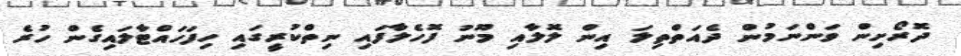
ދޮރޯށިން ވަންނަމުން ދެއަތްތިލަ އިން ލޮލާއި މޫނު ފޮހެލާފައި ނިތްކުރީގައި ހިފަހައްޓާލައިގެން ހުރެ